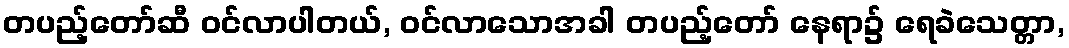
တပည့်တော်ဆီ ဝင်လာပါတယ်, ဝင်လာသောအခါ တပည့်တော် နေရာ၌ ရေခဲသေတ္တာ,